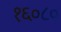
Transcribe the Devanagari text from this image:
१६०८०